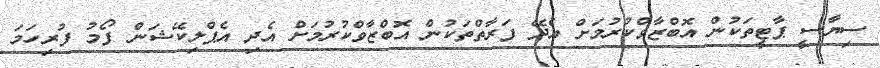
ސިޔާސީ ޕާޓީތަކުން އޮބްޒާވްކުރުމަށް އެދޭ ފަރާތްތަކުން އޮބްޒާވްކުރުމަށް އެދި އެޕްލިކޭޝަން ފޯމު ފުރިހަމަ